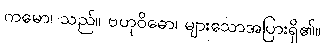
ကမော၊ သည်။ ဗဟုဝိဓော၊ များသောအပြားရှိ၏။